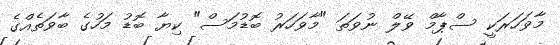
މާވަހަރަކީ ސްޕާމް ވޭލް ނުވަތަ "މާވަހަރު ބޮޑުމަސް" ކިޔާ ބޮޑު މަހުގެ ބާވަތެއްގެ